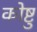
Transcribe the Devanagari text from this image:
कोष्टु